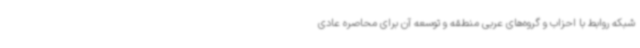
شبکه روابط با احزاب و گروه‌های عربی منطقه و توسعه آن برای محاصره عادی